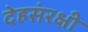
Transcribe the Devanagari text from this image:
देहसंरक्षी